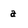
Character: a